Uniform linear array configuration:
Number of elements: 16
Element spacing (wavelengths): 0.5
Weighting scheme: kaiser
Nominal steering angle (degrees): -45
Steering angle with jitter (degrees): -44.502
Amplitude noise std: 0.05
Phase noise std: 0.05

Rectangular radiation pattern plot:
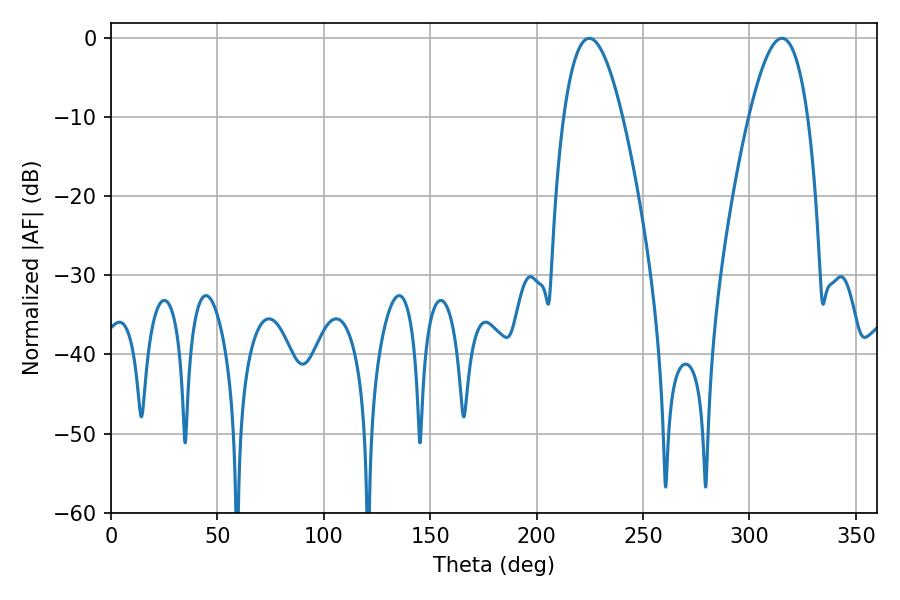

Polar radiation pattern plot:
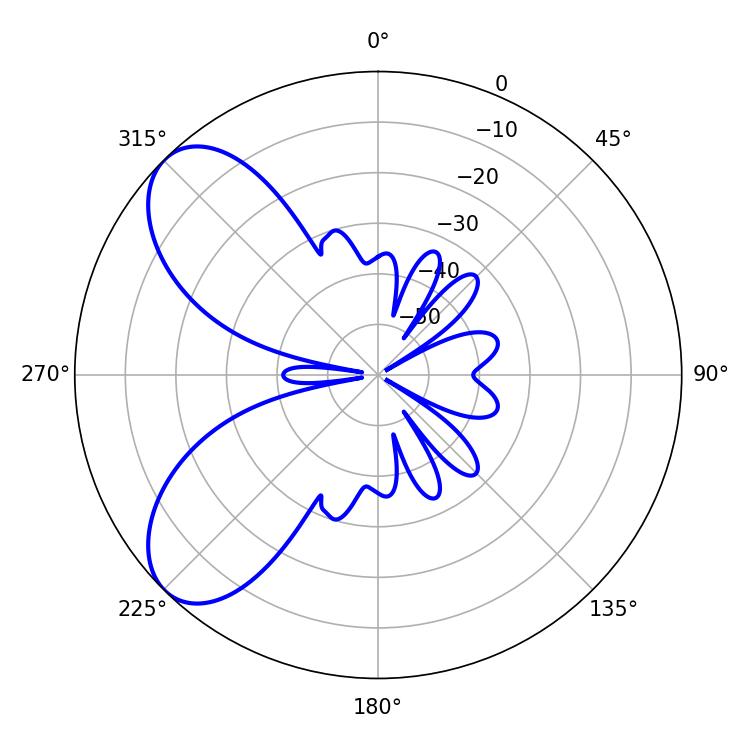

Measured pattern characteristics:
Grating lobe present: FALSE
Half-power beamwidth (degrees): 15.12
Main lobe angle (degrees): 224.64